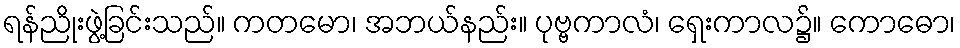
ရန်ညိုးဖွဲ့ခြင်းသည်။ ကတမော၊ အဘယ်နည်း။ ပုဗ္ဗကာလံ၊ ရှေးကာလ၌။ ကောဓော၊